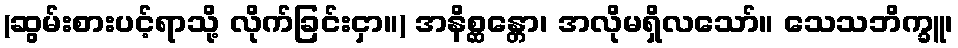
(ဆွမ်းစားပင့်ရာသို့ လိုက်ခြင်းငှာ။) အနိစ္ဆန္တော၊ အလိုမရှိလသော်။ သေသဘိက္ခူ၊